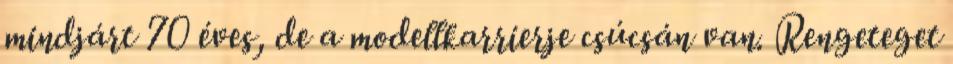
mindjárt 70 éves, de a modellkarrierje csúcsán van. Rengeteget